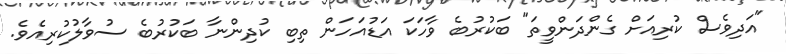
"އަދިވެސް ކުރިއަށް ގެންދަންވީތަ" ބަކުރުބެ ވާހަކަ އަޑުއަހަން ތިބި ކުދިންނާ ބަކުރުބެ ސުވާލުކުރިއެވެ.